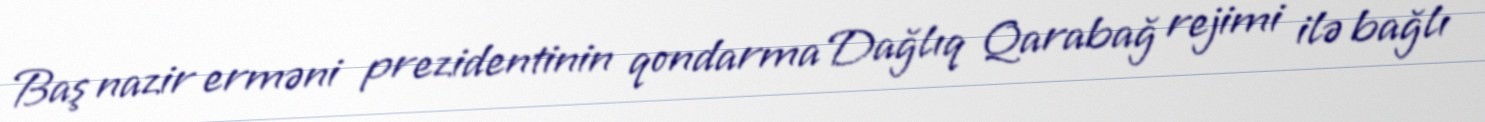
Baş nazir erməni prezidentinin qondarma Dağlıq Qarabağ rejimi ilə bağlı